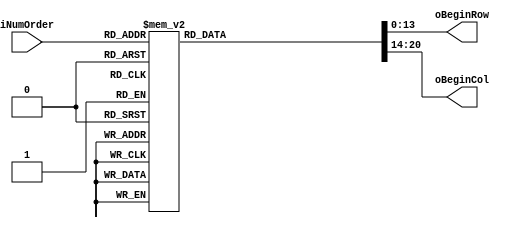
module PreDecoderAddrCell(

input [6:0] iNumOrder,
output reg [13:0] oBeginRow,
output reg [6:0] oBeginCol
);
  
  wire [13:0] row1, row2, row3, row4, row5, row6, row7, row8;
  wire [13:0] row9, row10, row11, row12, row13, row14, row15, row16;
  
  wire [13:0] col1, col2, col3, col4, col5, col6, col7, col8;
  
  assign col1 = 7'd0;
  assign col2 = 7'd8;
  assign col3 = 7'd16;
  assign col4 = 7'd24;
  assign col5 = 7'd32;
  assign col6 = 7'd40;
  assign col7 = 7'd48;
  assign col8 = 7'd56;
  
  assign row1 = 14'd0;
  assign row2 = 14'd528;
  assign row3 = 14'd1056;
  assign row4 = 14'd1584;
  assign row5 = 14'd2112;
  assign row6 = 14'd2640;
  assign row7 = 14'd3168;
  assign row8 = 14'd3696;
  assign row9 = 14'd4224;
  assign row10 = 14'd4752;
  assign row11 = 14'd5280;
  assign row12 = 14'd5808;
  assign row13 = 14'd6336;
  assign row14 = 14'd6864;
  assign row15 = 14'd7392;
  assign row16 = 14'd7920;
  
  
  always @(iNumOrder)
  begin
    case (iNumOrder)
      7'd0 : begin oBeginRow = row1;
             oBeginCol = col1; end
      7'd1 : begin oBeginRow = row1;
             oBeginCol = col2; end
      7'd2 : begin oBeginRow = row1;
             oBeginCol = col3; end
      7'd3 : begin oBeginRow = row1;
             oBeginCol = col4; end
      7'd4 : begin oBeginRow = row1;
             oBeginCol = col5; end
      7'd5 : begin oBeginRow = row1;
             oBeginCol = col6; end
      7'd6 : begin oBeginRow = row1;
             oBeginCol = col7; end
      7'd7 : begin oBeginRow = row1;
             oBeginCol = col8; end
             
      7'd8 : begin oBeginRow = row2;
             oBeginCol = col1; end
      7'd9 : begin oBeginRow = row2;
             oBeginCol = col2; end
      7'd10 : begin oBeginRow = row2;
             oBeginCol = col3; end
      7'd11 : begin oBeginRow = row2;
             oBeginCol = col4; end
      7'd12 : begin oBeginRow = row2;
             oBeginCol = col5; end
      7'd13 : begin oBeginRow = row2;
             oBeginCol = col6; end
      7'd14 : begin oBeginRow = row2;
             oBeginCol = col7; end
      7'd15 : begin oBeginRow = row2;
             oBeginCol = col8;  end
      
      7'd16 : begin oBeginRow = row3;
             oBeginCol = col1; end
      7'd17 : begin oBeginRow = row3;
             oBeginCol = col2; end
      7'd18 : begin oBeginRow = row3;
             oBeginCol = col3; end
      7'd19 : begin oBeginRow = row3;
             oBeginCol = col4; end
      7'd20 : begin oBeginRow = row3;
             oBeginCol = col5; end
      7'd21 : begin oBeginRow = row3;
             oBeginCol = col6; end
      7'd22 : begin oBeginRow = row3;
             oBeginCol = col7; end
      7'd23 : begin oBeginRow = row3;
             oBeginCol = col8; end 
             
      7'd24 : begin oBeginRow = row4;
             oBeginCol = col1; end
      7'd25 : begin oBeginRow = row4;
             oBeginCol = col2; end
      7'd26 : begin oBeginRow = row4;
             oBeginCol = col3; end
      7'd27 : begin oBeginRow = row4;
             oBeginCol = col4; end
      7'd28 : begin oBeginRow = row4;
             oBeginCol = col5; end
      7'd29 : begin oBeginRow = row4;
             oBeginCol = col6; end
      7'd30 : begin oBeginRow = row4;
             oBeginCol = col7; end
      7'd31 : begin oBeginRow = row4;
             oBeginCol = col8; end 
             
      7'd32 : begin oBeginRow = row5;
             oBeginCol = col1; end
      7'd33 : begin oBeginRow = row5;
             oBeginCol = col2; end
      7'd34 : begin oBeginRow = row5;
             oBeginCol = col3; end
      7'd35 : begin oBeginRow = row5;
             oBeginCol = col4; end
      7'd36 : begin oBeginRow = row5;
             oBeginCol = col5; end
      7'd37 : begin oBeginRow = row5;
             oBeginCol = col6; end
      7'd38 : begin oBeginRow = row5;
             oBeginCol = col7; end
      7'd39 : begin oBeginRow = row5;
             oBeginCol = col8; end
             
      7'd40 : begin oBeginRow = row6;
             oBeginCol = col1; end
      7'd41 : begin oBeginRow = row6;
             oBeginCol = col2; end
      7'd42 : begin oBeginRow = row6;
             oBeginCol = col3; end
      7'd43 : begin oBeginRow = row6;
             oBeginCol = col4; end
      7'd44 : begin oBeginRow = row6;
             oBeginCol = col5; end
      7'd45 : begin oBeginRow = row6;
             oBeginCol = col6; end
      7'd46 : begin oBeginRow = row6;
             oBeginCol = col7; end
      7'd47 : begin oBeginRow = row6;
             oBeginCol = col8; end 
      
      7'd48 : begin oBeginRow = row7;
             oBeginCol = col1; end
      7'd49 : begin oBeginRow = row7;
             oBeginCol = col2; end
      7'd50 : begin oBeginRow = row7;
             oBeginCol = col3; end
      7'd51 : begin oBeginRow = row7;
             oBeginCol = col4; end
      7'd52 : begin oBeginRow = row7;
             oBeginCol = col5; end
      7'd53 : begin oBeginRow = row7;
             oBeginCol = col6; end
      7'd54 : begin oBeginRow = row7;
             oBeginCol = col7; end
      7'd55 : begin oBeginRow = row7;
             oBeginCol = col8; end
             
      7'd56 : begin oBeginRow = row8;
             oBeginCol = col1; end
      7'd57 : begin oBeginRow = row8;
             oBeginCol = col2; end
      7'd58 : begin oBeginRow = row8;
             oBeginCol = col3; end
      7'd59 : begin oBeginRow = row8;
             oBeginCol = col4; end
      7'd60 : begin oBeginRow = row8;
             oBeginCol = col5; end
      7'd61 : begin oBeginRow = row8;
             oBeginCol = col6; end
      7'd62 : begin oBeginRow = row8;
             oBeginCol = col7; end
      7'd63 : begin oBeginRow = row8;
             oBeginCol = col8; end 
      
      7'd64 : begin oBeginRow = row9;
             oBeginCol = col1; end
      7'd65 : begin oBeginRow = row9;
             oBeginCol = col2; end
      7'd66 : begin oBeginRow = row9;
             oBeginCol = col3; end
      7'd67 : begin oBeginRow = row9;
             oBeginCol = col4; end
      7'd68 : begin oBeginRow = row9;
             oBeginCol = col5; end
      7'd69 : begin oBeginRow = row9;
             oBeginCol = col6; end
      7'd70 : begin oBeginRow = row9;
             oBeginCol = col7; end
      7'd71 : begin oBeginRow = row9;
             oBeginCol = col8; end
             
      7'd72 : begin oBeginRow = row10;
             oBeginCol = col1; end
      7'd73 : begin oBeginRow = row10;
             oBeginCol = col2; end
      7'd74 : begin oBeginRow = row10;
             oBeginCol = col3; end
      7'd75 : begin oBeginRow = row10;
             oBeginCol = col4; end
      7'd76 : begin oBeginRow = row10;
             oBeginCol = col5; end
      7'd77 : begin oBeginRow = row10;
             oBeginCol = col6; end
      7'd78 : begin oBeginRow = row10;
             oBeginCol = col7; end
      7'd79 : begin oBeginRow = row10;
             oBeginCol = col8; end 
      
      7'd80 : begin oBeginRow = row11;
             oBeginCol = col1; end
      7'd81 : begin oBeginRow = row11;
             oBeginCol = col2; end
      7'd82 : begin oBeginRow = row11;
             oBeginCol = col3; end
      7'd83 : begin oBeginRow = row11;
             oBeginCol = col4; end
      7'd84 : begin oBeginRow = row11;
             oBeginCol = col5; end
      7'd85 : begin oBeginRow = row11;
             oBeginCol = col6; end
      7'd86 : begin oBeginRow = row11;
             oBeginCol = col7; end
      7'd87 : begin oBeginRow = row11;
             oBeginCol = col8; end
             
      7'd88 : begin oBeginRow = row12;
             oBeginCol = col1; end
      7'd89 : begin oBeginRow = row12;
             oBeginCol = col2; end
      7'd90 : begin oBeginRow = row12;
             oBeginCol = col3; end
      7'd91 : begin oBeginRow = row12;
             oBeginCol = col4; end
      7'd92 : begin oBeginRow = row12;
             oBeginCol = col5; end
      7'd93 : begin oBeginRow = row12;
             oBeginCol = col6; end
      7'd94 : begin oBeginRow = row12;
             oBeginCol = col7; end
      7'd95 : begin oBeginRow = row12;
             oBeginCol = col8; end
             
      7'd96 : begin oBeginRow = row13;
             oBeginCol = col1; end
      7'd97 : begin oBeginRow = row13;
             oBeginCol = col2; end
      7'd98 : begin oBeginRow = row13;
             oBeginCol = col3; end
      7'd99 : begin oBeginRow = row13;
             oBeginCol = col4; end
      7'd100 : begin oBeginRow = row13;
             oBeginCol = col5; end
      7'd101 : begin oBeginRow = row13;
             oBeginCol = col6; end
      7'd102 : begin oBeginRow = row13;
             oBeginCol = col7; end
      7'd103 : begin oBeginRow = row13;
             oBeginCol = col8; end  
             
      7'd104 : begin oBeginRow = row14;
             oBeginCol = col1; end
      7'd105 : begin oBeginRow = row14;
             oBeginCol = col2; end
      7'd106 : begin oBeginRow = row14;
             oBeginCol = col3; end
      7'd107 : begin oBeginRow = row14;
             oBeginCol = col4; end
      7'd108 : begin oBeginRow = row14;
             oBeginCol = col5; end
      7'd109 : begin oBeginRow = row14;
             oBeginCol = col6; end
      7'd110 : begin oBeginRow = row14;
             oBeginCol = col7; end
      7'd111 : begin oBeginRow = row14;
             oBeginCol = col8; end
      
      7'd112 : begin oBeginRow = row15;
             oBeginCol = col1; end
      7'd113 : begin oBeginRow = row15;
             oBeginCol = col2; end
      7'd114 : begin oBeginRow = row15;
             oBeginCol = col3; end
      7'd115 : begin oBeginRow = row15;
             oBeginCol = col4; end
      7'd116 : begin oBeginRow = row15;
             oBeginCol = col5; end
      7'd117 : begin oBeginRow = row15;
             oBeginCol = col6; end
      7'd118 : begin oBeginRow = row15;
             oBeginCol = col7; end
      7'd119 : begin oBeginRow = row15;
             oBeginCol = col8; end
             
      7'd120 : begin oBeginRow = row16;
             oBeginCol = col1; end
      7'd121 : begin oBeginRow = row16;
             oBeginCol = col2; end
      7'd122 : begin oBeginRow = row16;
             oBeginCol = col3; end
      7'd123 : begin oBeginRow = row16;
             oBeginCol = col4; end
      7'd124 : begin oBeginRow = row16;
             oBeginCol = col5; end
      7'd125 : begin oBeginRow = row16;
             oBeginCol = col6; end
      7'd126 : begin oBeginRow = row16;
             oBeginCol = col7; end
      7'd127 : begin oBeginRow = row16;
             oBeginCol = col8;  end           
  endcase
  end
  
  
endmodule